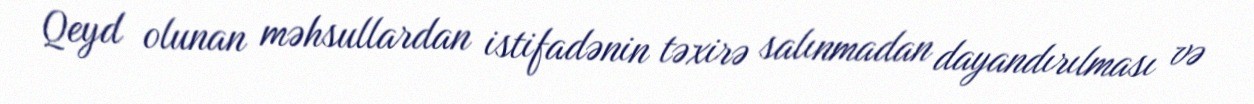
Qeyd olunan məhsullardan istifadənin təxirə salınmadan dayandırılması və